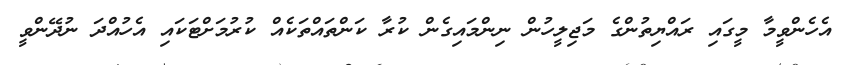
އެހެންވީމާ މީގައި ރައްޔިތުންގެ މަޖިލީހުން ނިންމައިގެން ކުރާ ކަންތައްތަކެއް ކުރުމަށްޓަކައި އެހުއްދަ ނުދޭންވީ